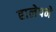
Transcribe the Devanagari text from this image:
हालेपने